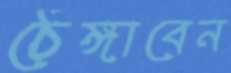
ঠেঙ্গাবেন